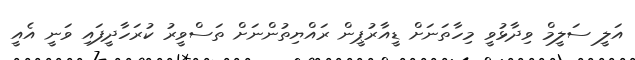
އަލީ ސަލީމް ވިދާޅުވީ މިހާތަނަށް ޑީއާރުޕީން ރައްޔިތުންނަށް ތަސްވީރު ކުރަހާދީފައި ވަނީ އެއީ